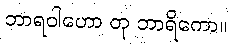
ဘာရဝါဟော တု ဘာရိကော။